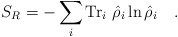
\begin{align*}S_R=-\sum_i\mbox{Tr}_i~\hat{\rho}_i\ln\hat{\rho}_i~~~.\end{align*}